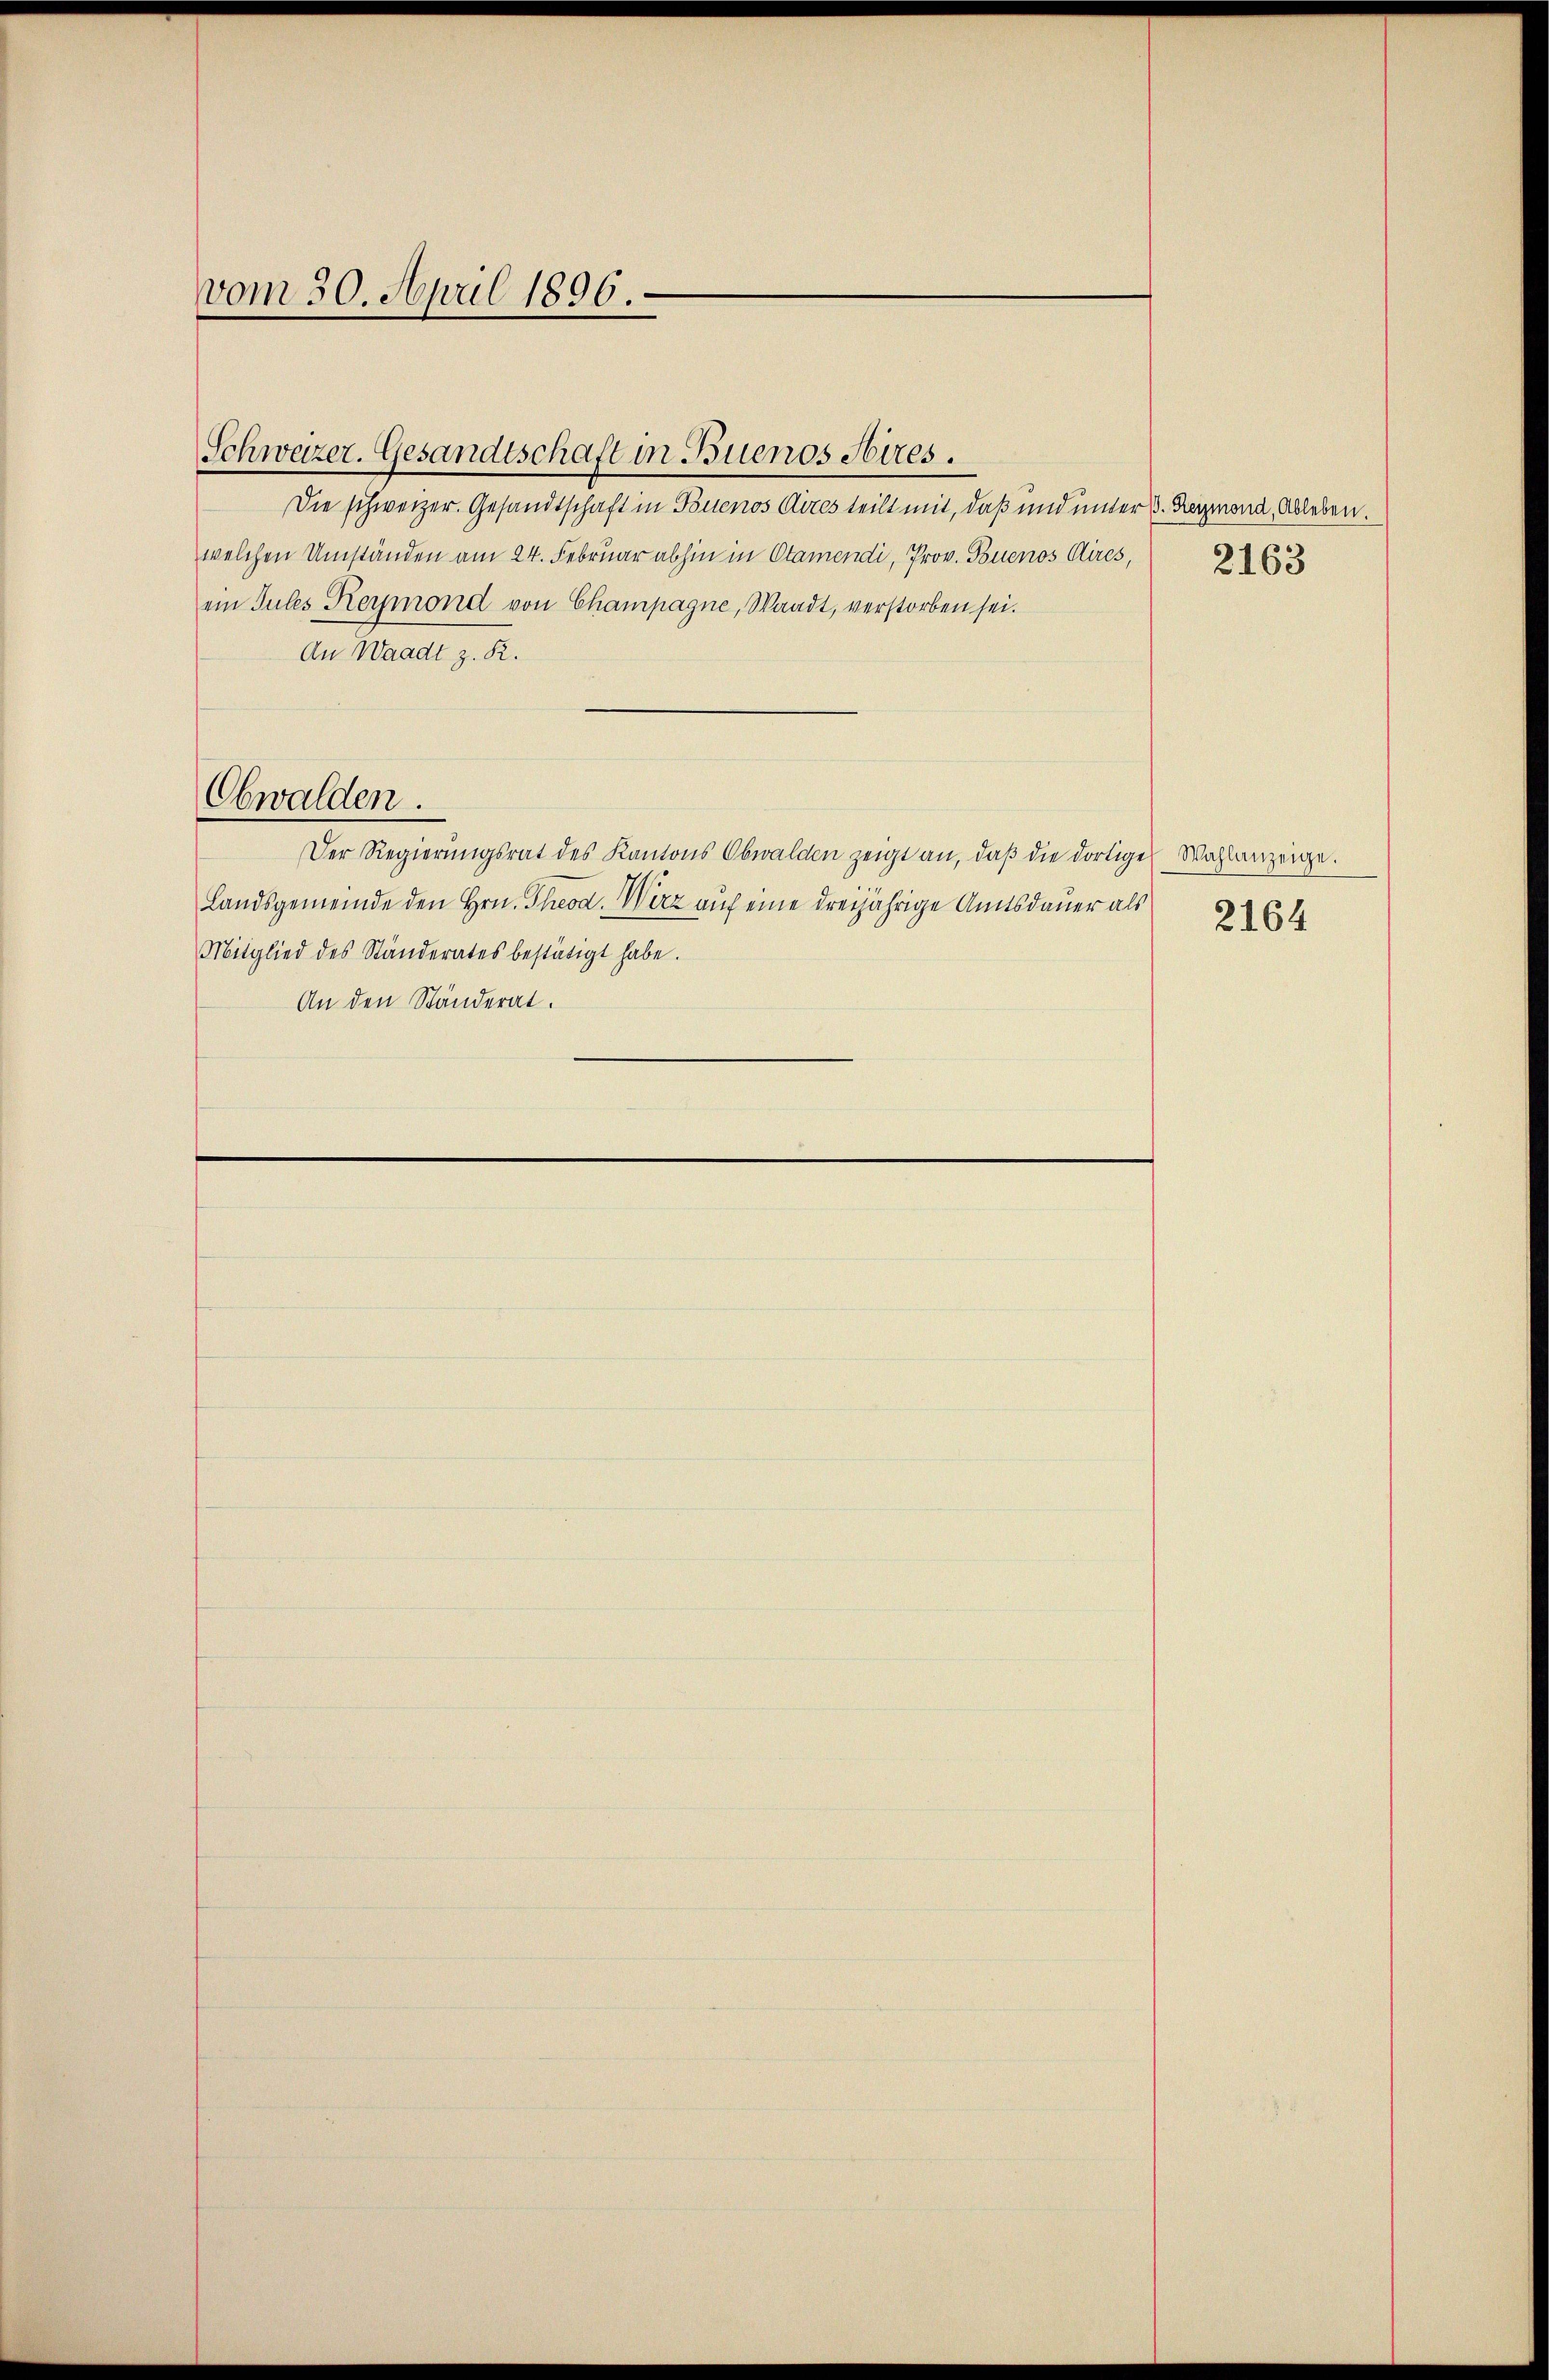
vom 30. April 1896.

Schweizer. Gesandtschaft in Buenos Aires.
Die schweizer. Gesandtschaft in Buenos Aires teilt mit, daß und unter B. Reymond, Ableben.
welchen Umständen am 24. Februar abhin in Otamendi, Prov. Buenos Aires,
ein Sules Reymond von Champagne, Waadt, verstorben sei.
An Waadt z. R.
Obwalden.
Der Regierungsrat des Kantons Obwalden zeigt an, daß die dortige Wahlanzeige.
Landsgemeinde den Hrn. Theod. Wirz auf eine dreijährige Amtsdauer als
Mitglied des Ständerates bestätigt habe.
An den Ständerat.

2163

2164